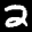
Label: 2